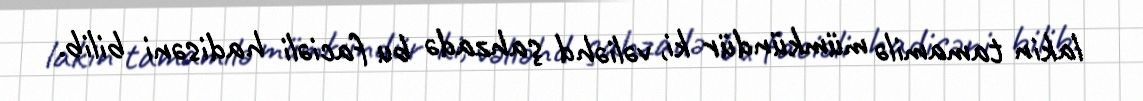
lakin tamamilə mümkündür ki, vəliəhd şahzadə bu faciəli hadisəni bilib.